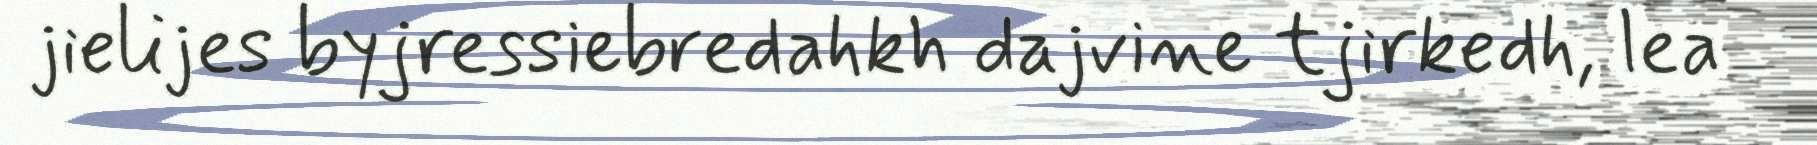
jielijes byjressiebredahkh dajvine tjirkedh, lea